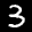
Label: 3